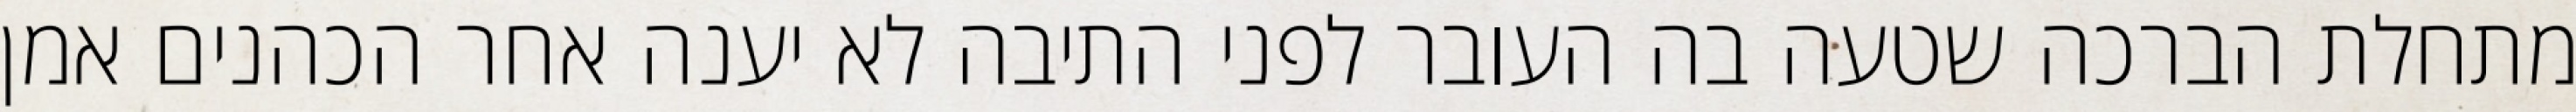
מתחלת הברכה שטעה בה העובר לפני התיבה לא יענה אחר הכהנים אמן